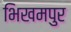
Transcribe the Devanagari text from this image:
भिखमपुर